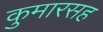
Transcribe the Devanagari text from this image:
कुमारसह